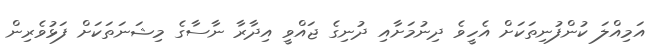
އަމިއްލަ ކުންފުނިތަކަށް އެހީވެ ދިނުމަށާއި ދުނިގެ ޖައްވީ އިދާރާ ނާސާގެ މިޝަނަތަކަށް ފަޅުވެރިން